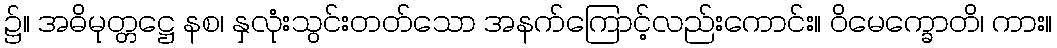
၌။ အဓိမုတ္တဋ္ဌေ နစ၊ နှလုံးသွင်းတတ်သော အနက်ကြောင့်လည်းကောင်း။ ဝိမေက္ခောတိ၊ ကား။